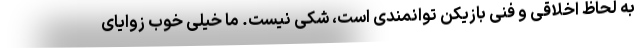
به لحاظ اخلاقی و فنی بازیکن توانمندی است، شکی نیست. ما خیلی خوب زوایای